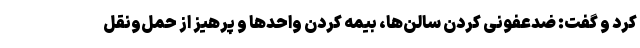
کرد و گفت: ضدعفونی کردن سالن‌ها، بیمه کردن واحدها و پرهیز از حمل‌ونقل